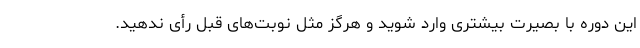
این دوره با بصیرت بیشتری وارد شوید و هرگز مثل نوبت‌های قبل رأی ندهید.